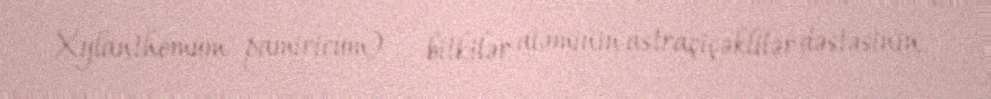
Xylanthemum pamiricum) — bitkilər aləminin astraçiçəklilər dəstəsinin